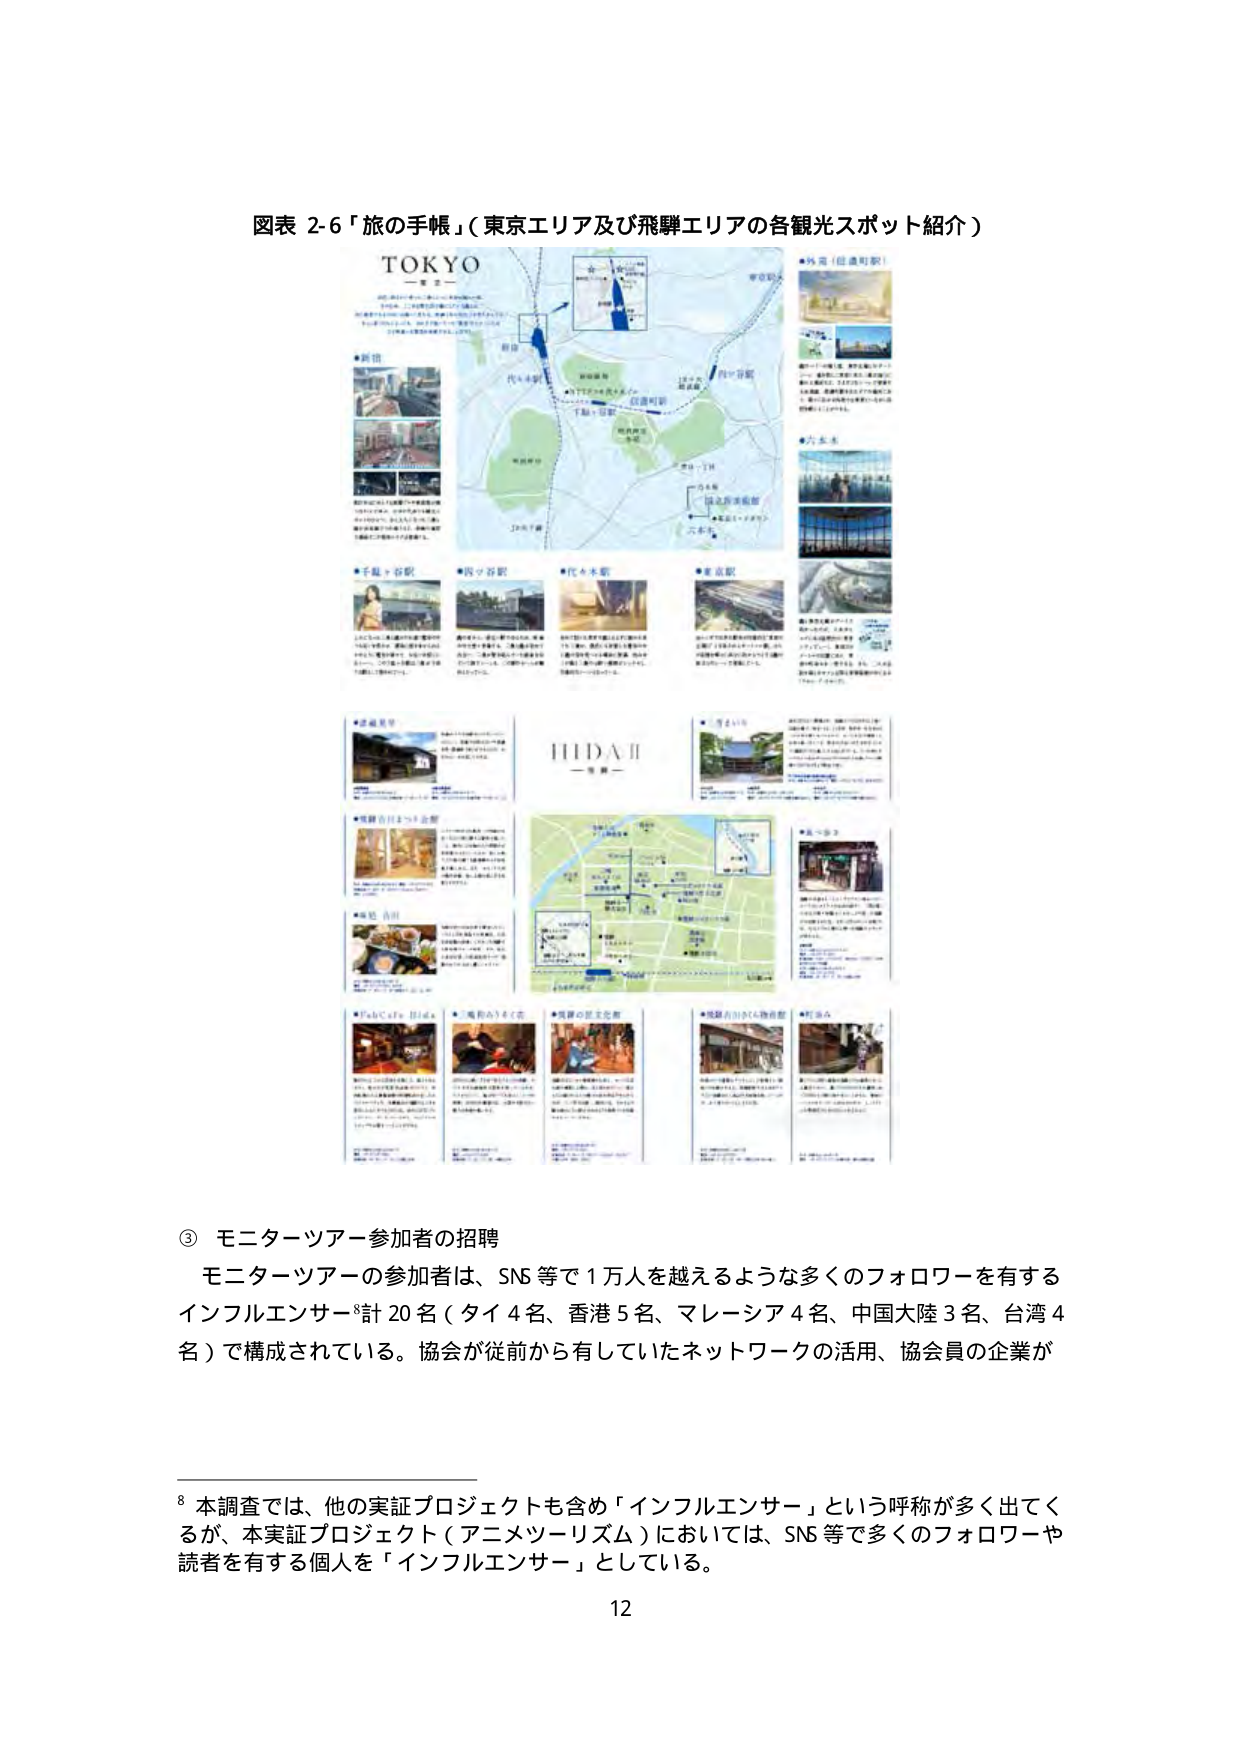
図表 2-6「旅の手帳」（東京エリア及び飛騨エリアの各観光スポット紹介）

TOKYO
一覧

●新宿
●千駄ヶ谷駅
●渋谷駅
●代々木駅
●東京駅
●六本木
●乃木（信濃町駅）
●武蔵屋
●飛騨古川まち会館
●黒姫古川
●FabCafe Hida
●飛騨の里文化館
●飛騨古川かん物産館
●町並み
●雪まつり
●飛騨一宮

③ モニターツアー参加者の招聘
モニターツアーの参加者は、SNS等で1万人を越えるような多くのフォロワーを有する
インフルエンサー⁸計20名（タイ4名、香港5名、マレーシア4名、中国大陸3名、台湾4
名）で構成されている。協会が従前から有していたネットワークの活用、協会員の企業が

⁸ 本調査では、他の実証プロジェクトも含め「インフルエンサー」という呼称が多く出てくる
が、本実証プロジェクト（アニメツーリズム）においては、SNS等で多くのフォロワーや
読者を有する個人を「インフルエンサー」としている。

12